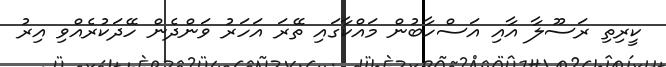
ކީރިތި ރަސޫލާ އާއި އަސްހާބުން މައްކާގައި ތޭރަ އަހަރު ވަންދެން ހޭދަކުރެއްވި އިރު